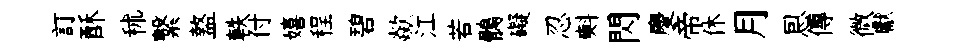
訂酥秫繋盩軼付嬉程碧歘江若鶻礙忍㪺閃慶帝休月㤙傳微獻